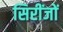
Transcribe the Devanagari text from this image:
सिरींजों